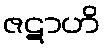
ဇဋာဟိ